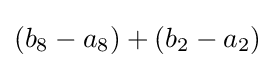
(b_{8}-a_{8})+(b_{2}-a_{2})